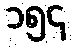
၁၅၄